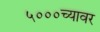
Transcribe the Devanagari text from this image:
५०००च्यावर